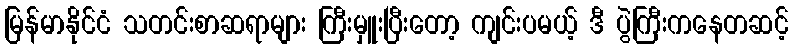
မြန်မာနိုင်ငံ သတင်းစာဆရာများ ကြီးမှူးပြီးတော့ ကျင်းပမယ့် ဒီ ပွဲကြီးကနေတဆင့်